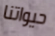
حيواتنا